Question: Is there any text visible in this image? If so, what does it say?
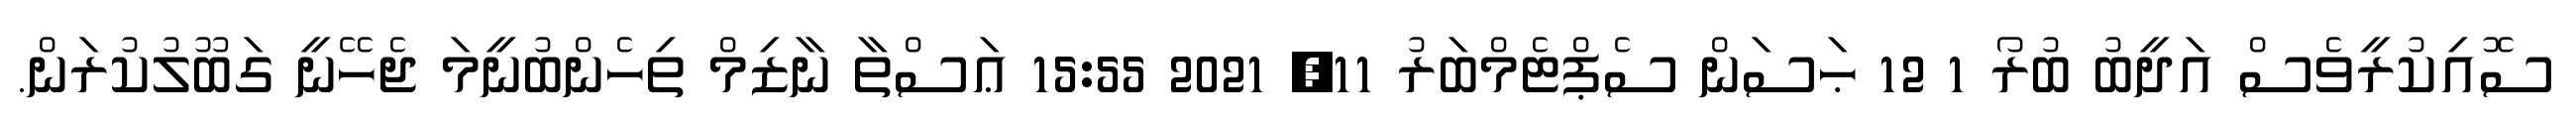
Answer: ސޮއިކުރީވެސް އަދީބު ބުރޯ 1 12 ޙަސަން ސެޕްޓެމްބަރު 11, 2021 15:55 ޢަސްތާ ނާޒިމް ތިހެންބުނީމަ ޖެހޭނީ ގަބޫލުކުރަން.